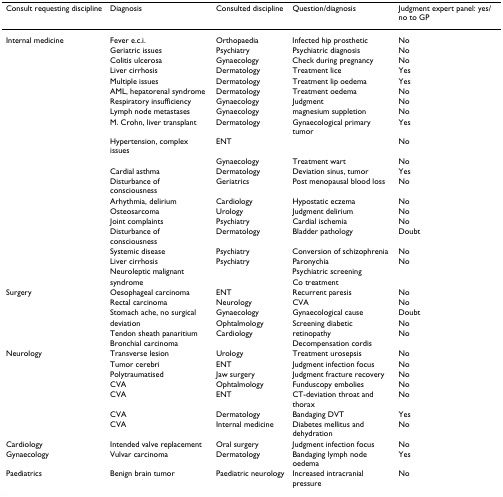
<table><thead><tr><td><b>Consult requesting discipline</b></td><td><b>Diagnosis</b></td><td><b>Consulted discipline</b></td><td><b>Question/diagnosis</b></td><td><b>Judgment expert panel: yes/no to GP</b></td></tr></thead><tbody><tr><td>Internal medicine</td><td>Fever e.c.i.</td><td>Orthopaedia</td><td>Infected hip prosthetic</td><td>No</td></tr><tr><td></td><td>Geriatric issues</td><td>Psychiatry</td><td>Psychiatric diagnosis</td><td>No</td></tr><tr><td></td><td>Colitis ulcerosa</td><td>Gynaecology</td><td>Check during pregnancy</td><td>No</td></tr><tr><td></td><td>Liver cirrhosis</td><td>Dermatology</td><td>Treatment lice</td><td>Yes</td></tr><tr><td></td><td>Multiple issues</td><td>Dermatology</td><td>Treatment lip oedema</td><td>Yes</td></tr><tr><td></td><td>AML, hepatorenal syndrome</td><td>Dermatology</td><td>Treatment oedema</td><td>No</td></tr><tr><td></td><td>Respiratory insufficiency</td><td>Gynaecology</td><td>Judgment</td><td>No</td></tr><tr><td></td><td>Lymph node metastases</td><td>Gynaecology</td><td>magnesium suppletion</td><td>No</td></tr><tr><td></td><td>M. Crohn, liver transplant</td><td>Dermatology</td><td>Gynaecological primary tumor</td><td>Yes</td></tr><tr><td></td><td>Hypertension, complex issues</td><td>ENT</td><td></td><td>No</td></tr><tr><td></td><td></td><td>Gynaecology</td><td>Treatment wart</td><td>No</td></tr><tr><td></td><td>Cardial asthma</td><td>Dermatology</td><td>Deviation sinus, tumor</td><td>Yes</td></tr><tr><td></td><td>Disturbance of consciousness</td><td>Geriatrics</td><td>Post menopausal blood loss</td><td>No</td></tr><tr><td></td><td>Arhythmia, delirium</td><td>Cardiology</td><td>Hypostatic eczema</td><td>No</td></tr><tr><td></td><td>Osteosarcoma</td><td>Urology</td><td>Judgment delirium</td><td>No</td></tr><tr><td></td><td>Joint complaints</td><td>Psychiatry</td><td>Cardial ischemia</td><td>No</td></tr><tr><td></td><td>Disturbance of consciousness</td><td>Dermatology</td><td>Bladder pathology</td><td>Doubt</td></tr><tr><td></td><td>Systemic disease</td><td>Psychiatry</td><td>Conversion of schizophrenia</td><td>No</td></tr><tr><td></td><td>Liver cirrhosis</td><td>Psychiatry</td><td>Paronychia</td><td>No</td></tr><tr><td></td><td>Neuroleptic malignant</td><td></td><td>Psychiatric screening</td><td></td></tr><tr><td></td><td>syndrome</td><td></td><td>Co treatment</td><td></td></tr><tr><td>Surgery</td><td>Oesophageal carcinoma</td><td>ENT</td><td>Recurrent paresis</td><td>No</td></tr><tr><td></td><td>Rectal carcinoma</td><td>Neurology</td><td>CVA</td><td>No</td></tr><tr><td></td><td>Stomach ache, no surgical</td><td>Gynaecology</td><td>Gynaecological cause</td><td>Doubt</td></tr><tr><td></td><td>deviation</td><td>Ophtalmology</td><td>Screening diabetic</td><td>No</td></tr><tr><td></td><td>Tendon sheath panaritium</td><td>Cardiology</td><td>retinopathy</td><td>No</td></tr><tr><td></td><td>Bronchial carcinoma</td><td></td><td>Decompensation cordis</td><td></td></tr><tr><td>Neurology</td><td>Transverse lesion</td><td>Urology</td><td>Treatment urosepsis</td><td>No</td></tr><tr><td></td><td>Tumor cerebri</td><td>ENT</td><td>Judgment infection focus</td><td>No</td></tr><tr><td></td><td>Polytraumatised</td><td>Jaw surgery</td><td>Judgment fracture recovery</td><td>No</td></tr><tr><td></td><td>CVA</td><td>Ophtalmology</td><td>Funduscopy embolies</td><td>No</td></tr><tr><td></td><td>CVA</td><td>ENT</td><td>CT-deviation throat and thorax</td><td>No</td></tr><tr><td></td><td>CVA</td><td>Dermatology</td><td>Bandaging DVT</td><td>Yes</td></tr><tr><td></td><td>CVA</td><td>Internal medicine</td><td>Diabetes mellitus and dehydration</td><td>No</td></tr><tr><td>Cardiology</td><td>Intended valve replacement</td><td>Oral surgery</td><td>Judgment infection focus</td><td>No</td></tr><tr><td>Gynaecology</td><td>Vulvar carcinoma</td><td>Dermatology</td><td>Bandaging lymph node oedema</td><td>Yes</td></tr><tr><td>Paediatrics</td><td>Benign brain tumor</td><td>Paediatric neurology</td><td>Increased intracranial pressure</td><td>No</td></tr></tbody></table>